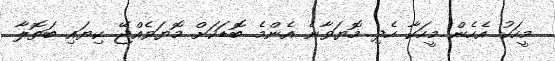
މީހަކު އެހެން މީހަކާ ހެދި މޮޔަވާނެ އެންމެ ބޮޑަކަށް މޮޔަވެއްޖޭ ކިޔައި ބަތޮލާ